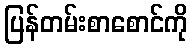
ပြန်တမ်းစာစောင်ကို